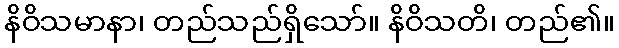
နိဝိသမာနာ၊ တည်သည်ရှိသော်။ နိဝိသတိ၊ တည်၏။